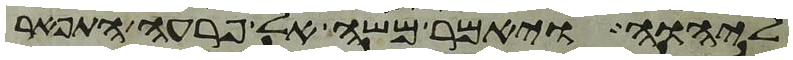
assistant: ליהוה ויאמר משה אל פרעה התפאר